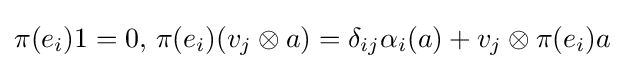
\pi (e_{i})1=0,\,\pi (e_{i})(v_{j}\otimes a)=\delta _{ij}\alpha _{i}(a)+v_{j}\otimes \pi (e_{i})a